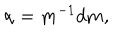
{ \bf \alpha } = { \bf m } ^ { - 1 } d { \bf m } ,